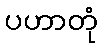
ပဟာတုံ